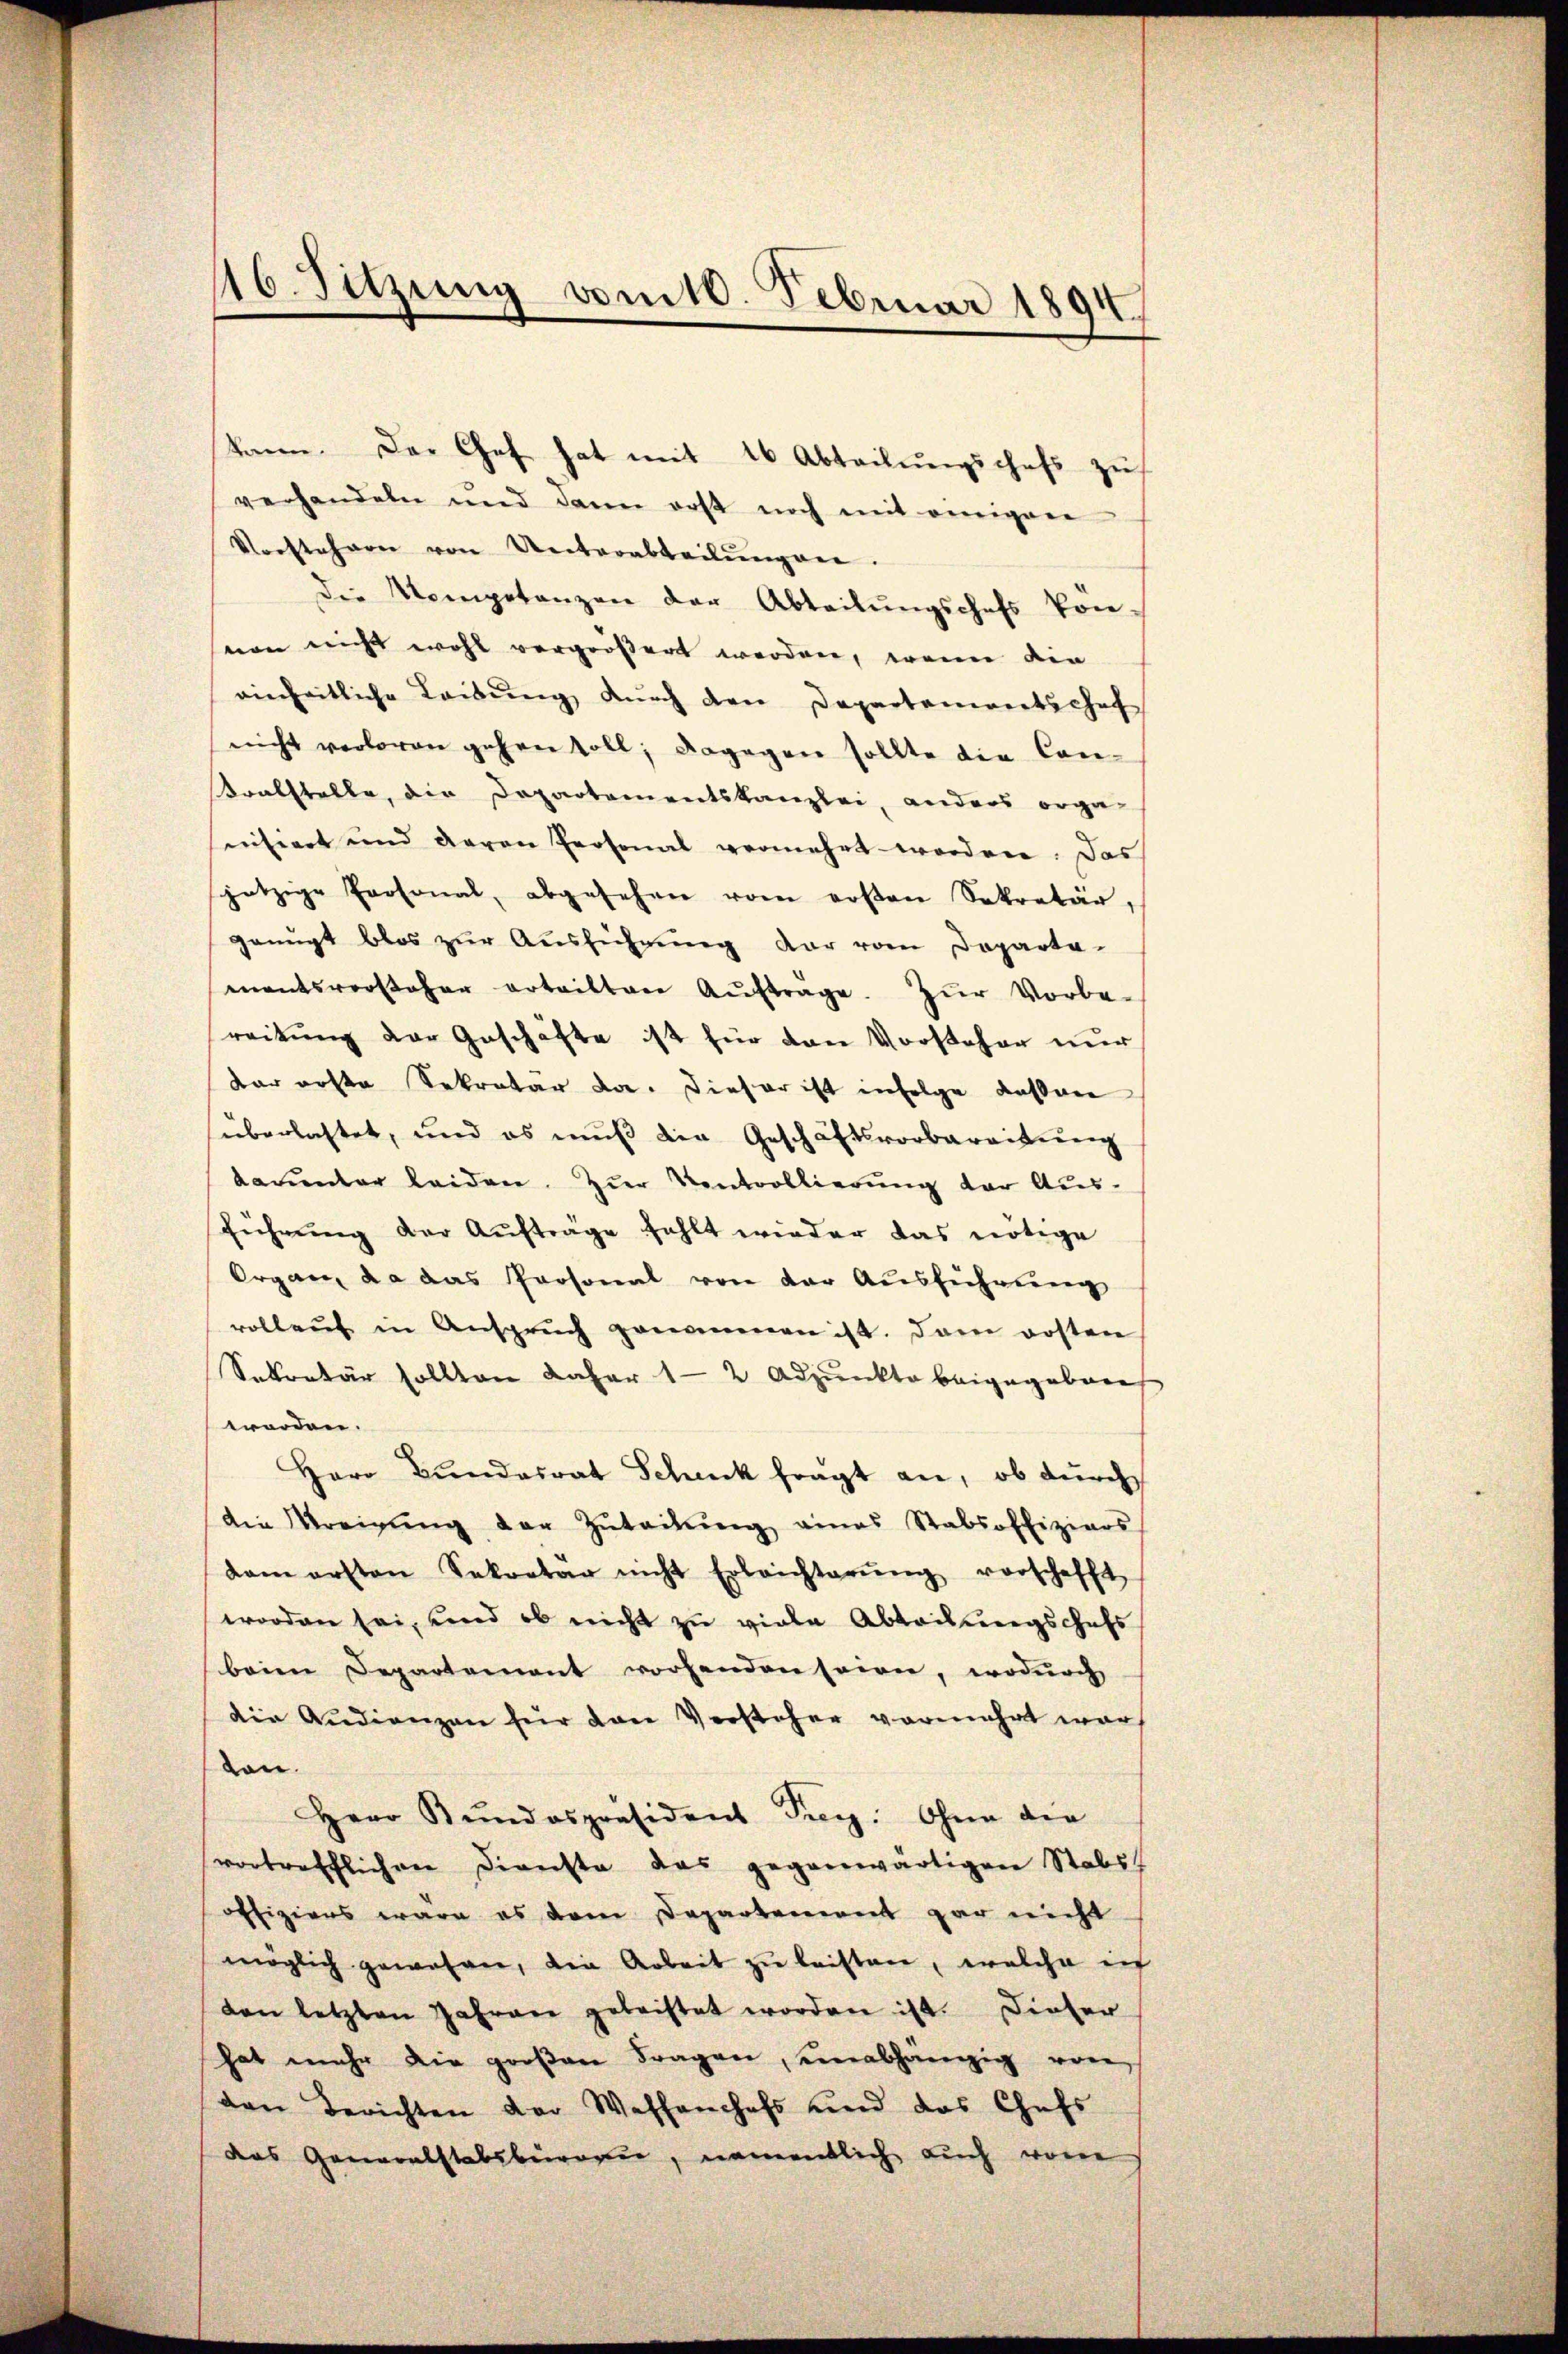
16. Sitzung vom 10. Februar 1891

kann. Der Chef hat mit 16 Abteilungschaft zu
verhandeln und dann erst noch mit einigen
Vorstehern von Unterabteilŭngen.
Die Kompetanzen der Abteilŭngschefs von
nen nicht wohl vergrößert worden, wenn die
einheitliche Leibŭng dŭrch den Departementschef
nicht verloren gehen soll; dagegen sollte die Con¬
Kralstelle, die Departementskanzlei, anders orga-
nisiert und daran Personal vermehrt worden. Das
jetzige Personal, abgesehen vom ersten Sekretär,
genügt blos zur Ausführung der vom Departa-
mentsvorsteher erteilten Aŭfträge. Zŭr Vorbe-
reitung der Geschäfte ist für den Vorsteher nur
dar erste Sekretär da. Dieser ist infolge dassen
überlastet, und es muß die Geschäftsvorbereitung
dauunter leiden. Zur Kontrollierung der Ausführŭng der Aufträge fehlt wieder das nötige
Organ, da das Personal von der Ausführung
rollent in Ansprŭch genommen ist. Dan posten
Sekretär sollten daher 1 - 2 Adjunkte beigegebene
worden.
Herr Bundesrat Schenk fragt an, ob durch
die Kreigŭng der Zŭteilŭng eines Stabsoffiziars
dam ersten Sekretär nicht Erleichterŭng vorschafft
worden sei, und ob nicht zu viele Abteilungschaft
beim Departement vorhanden seien, wodurch
die Audienzen für den Versteher vermehrt war
ten.
Herr Bŭndespräsident Frey. Ohne die
vortrefflichen Dienste das gegenwärtigen Stabs
offiziers wäre es dem Departement gar nicht
möglich gewohner, die Arbeit zŭ leisten, welche ich
den letzten Jahren gebachtet worden ist. Dieser
hat mehr die groβen Fragen, unabhängig von
den Berichten der Wassenhofs und das Chefs
das Generalstabsburger, namentlich auch von